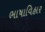
ભાષાવિહાર